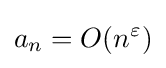
a_{n}=O(n^{\varepsilon })